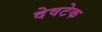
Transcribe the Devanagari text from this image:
देवटेक